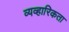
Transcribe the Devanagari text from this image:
व्यव्हारिकता